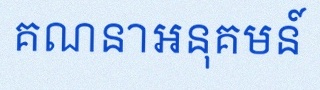
គណនាអនុគមន៍